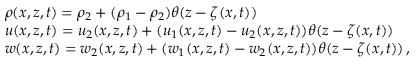
\begin{array} { r l } & { \rho ( x , z , t ) = \rho _ { 2 } + ( \rho _ { 1 } - \rho _ { 2 } ) \theta ( z - \zeta ( x , t ) ) } \\ & { u ( x , z , t ) = u _ { 2 } ( x , z , t ) + ( u _ { 1 } ( x , z , t ) - u _ { 2 } ( x , z , t ) ) \theta ( z - \zeta ( x , t ) ) } \\ & { w ( x , z , t ) = w _ { 2 } ( x , z , t ) + ( w _ { 1 } ( x , z , t ) - w _ { 2 } ( x , z , t ) ) \theta ( z - \zeta ( x , t ) ) \, , } \end{array}